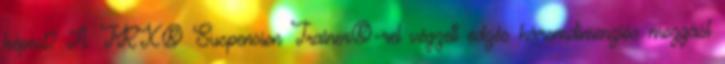
képest? A TRX® Suspension Trainer®-rel végzett edzés háromdimenziós mozgást